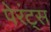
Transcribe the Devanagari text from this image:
पेरंट्स